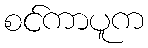
စင်ကာပူက